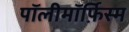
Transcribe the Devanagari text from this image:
पॉलीमॉर्फ़िस्म